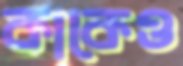
কাকেও